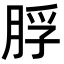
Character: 脬